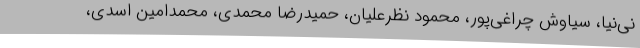
نی‌نیا، سیاوش چراغی‌پور، محمود نظرعلیان، حمیدرضا محمدی، محمدامین اسدی،